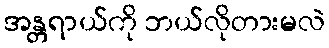
အန္တရာယ်ကို ဘယ်လိုတားမလဲ